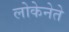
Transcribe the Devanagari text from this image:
लोकेनेते